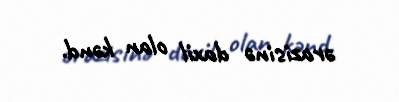
ərazisinə daxil olan kənd.